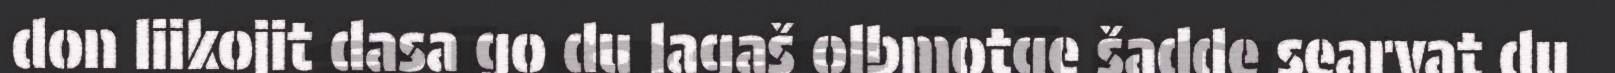
don liikojit dasa go du lagaš olbmotge šadde searvat du